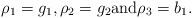
LaTeX: \begin{align*} \rho_1=g_1, \rho_2=g_2 \textrm{and} \rho_3=b_1.\end{align*}